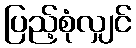
ပြည့်စုံလျှင်